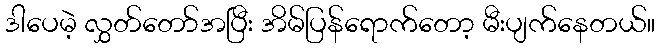
ဒါပေမဲ့ လွှတ်တော်အပြီး အိမ်ပြန်ရောက်တော့ မီးပျက်နေတယ်။